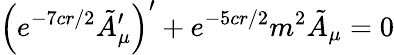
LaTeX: \left(e^{-7cr/2}\tilde{A}_{\mu}^{\prime}\right)^{\prime}+e^{-5cr/2}m^{2}\tilde{A}_{\mu}=0